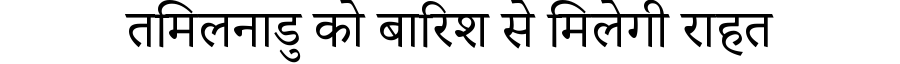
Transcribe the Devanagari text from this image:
तमिलनाडु को बारिश से मिलेगी राहत